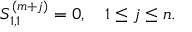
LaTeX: S _ { 1 , 1 } ^ { ( m + j ) } = 0 , \quad 1 \le j \le n .